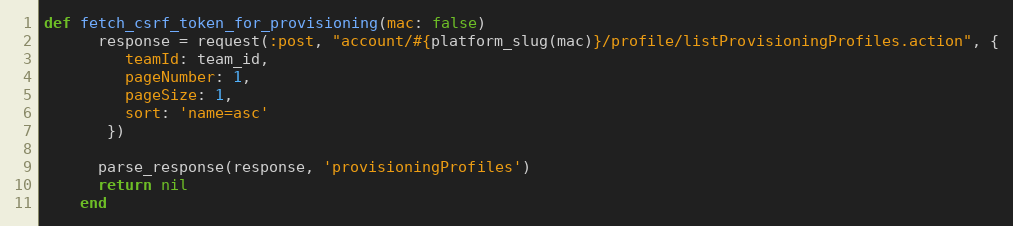
Language: Ruby
def fetch_csrf_token_for_provisioning(mac: false)
      response = request(:post, "account/#{platform_slug(mac)}/profile/listProvisioningProfiles.action", {
         teamId: team_id,
         pageNumber: 1,
         pageSize: 1,
         sort: 'name=asc'
       })

      parse_response(response, 'provisioningProfiles')
      return nil
    end